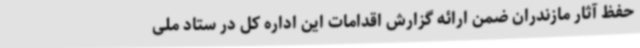
حفظ آثار مازندران ضمن ارائه گزارش اقدامات این اداره کل در ستاد ملی